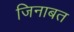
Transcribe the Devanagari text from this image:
जिनाबत